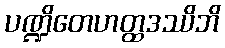
ပဏ္ဍိတေဟတ္ထဒဿိဘိ